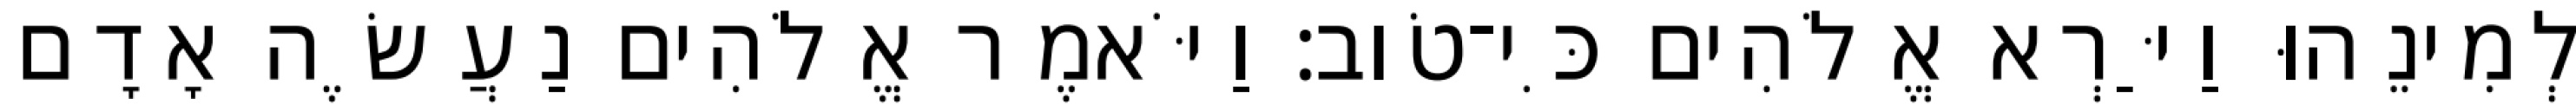
לְמִינֵהוּ וַיַּרְא אֱלֹהִים כִּי־טֹוב׃ וַיֹּאמֶר אֱלֹהִים נַעֲשֶׂה אָדָם